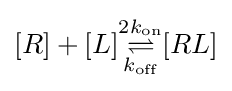
[R]+[L]{\underset {k_{\text{off}}}{\overset {2k_{\text{on}}}{\rightleftharpoons }}}[RL]